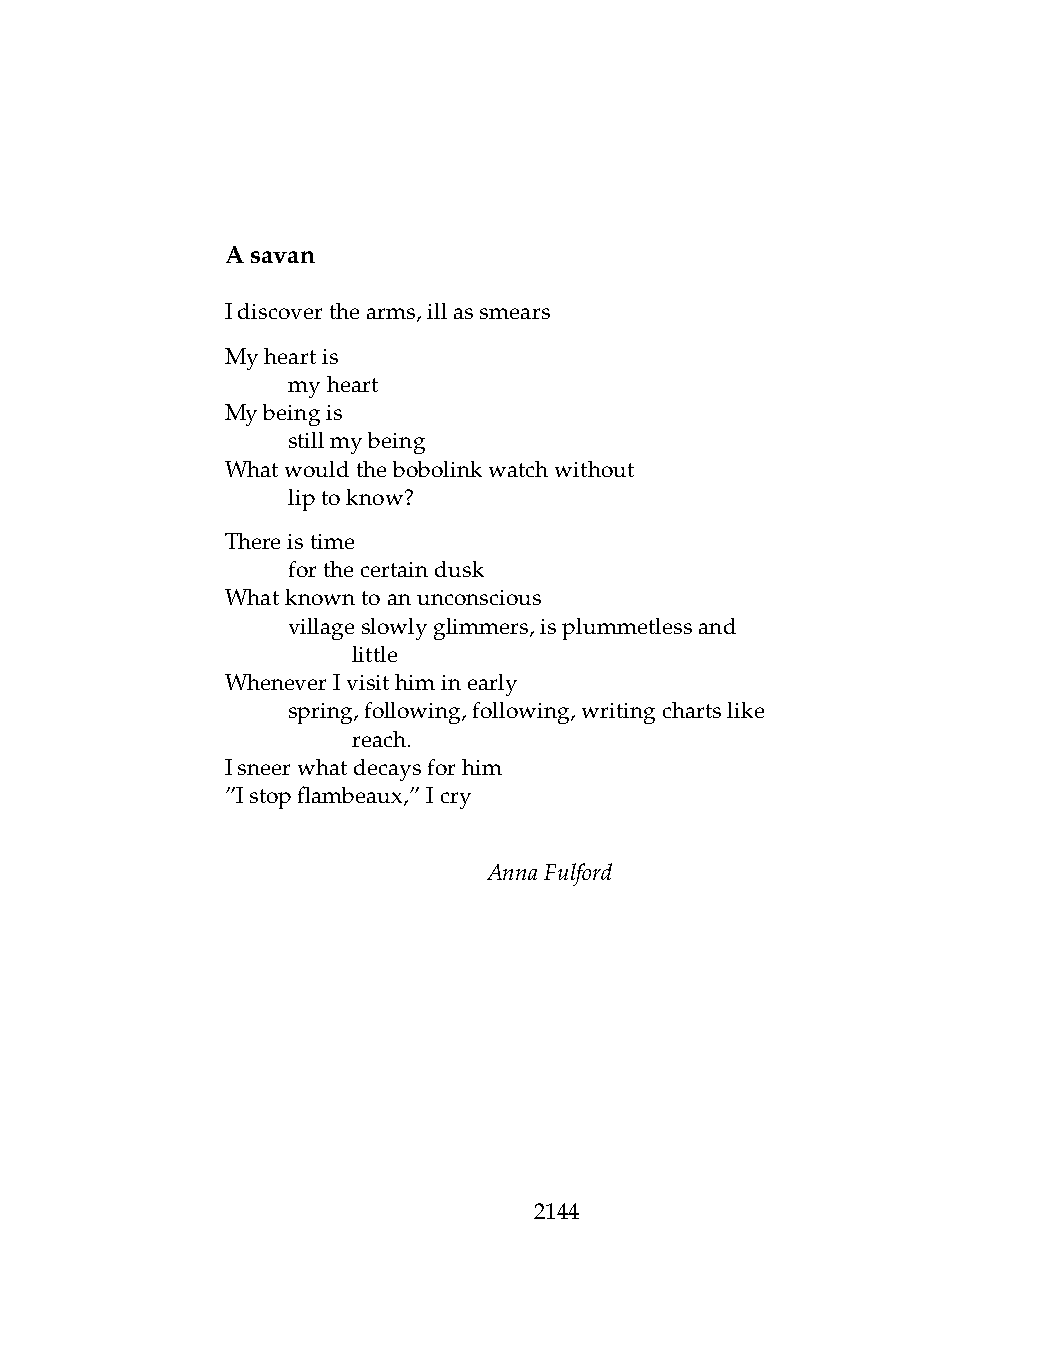
Asavan
 Idiscoverthearms,illassmears
 Myheartis
 .   myheart
 Mybeingis
 .   stillmybeing
 Whatwouldthebobolinkwatchwithout
 .   liptoknow?
 Thereistime
 .   forthecertaindusk
 Whatknowntoanunconscious
 .   villageslowlyglimmers,isplummetlessand
 .   .   little
 WheneverIvisithiminearly
 .   spring,following,following,writingchartslike
 .   .   reach.
 Isneerwhatdecaysforhim
 ”Istopflambeaux,”Icry
 AnnaFulford
 2144